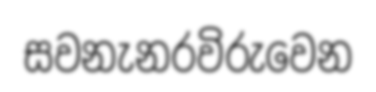
සවනැනරවිරුවෙන